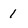
Character: 1